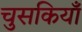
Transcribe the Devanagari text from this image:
चुसकियाँ